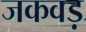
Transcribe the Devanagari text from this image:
जकवड़